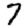
Digit: 7